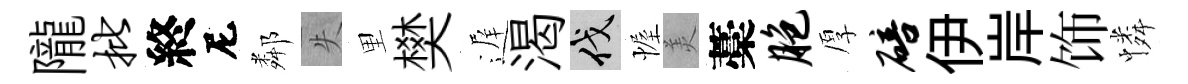
隴批終尼鄰失里樊遅渴伐幄羙藁胞厚碚伊岸饰憐